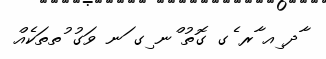
ާދ ިއ ާރ ެގ ގޮތު ްނ ިގ ަނ ވަގު ުތތަކެއް